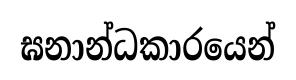
ඝනාන්ධකාරයෙන්